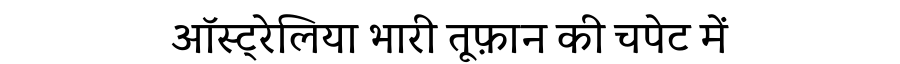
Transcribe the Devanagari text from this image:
ऑस्ट्रेलिया भारी तूफ़ान की चपेट में